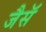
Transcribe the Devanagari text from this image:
जैसॅ